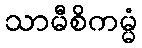
သာမီစိကမ္မံ